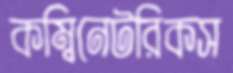
কম্বিনেটরিকস